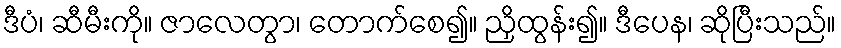
ဒီပံ၊ ဆီမီးကို။ ဇာလေတွာ၊ တောက်စေ၍။ ညှိထွန်း၍။ ဒီပေန၊ ဆိုပြီးသည်။